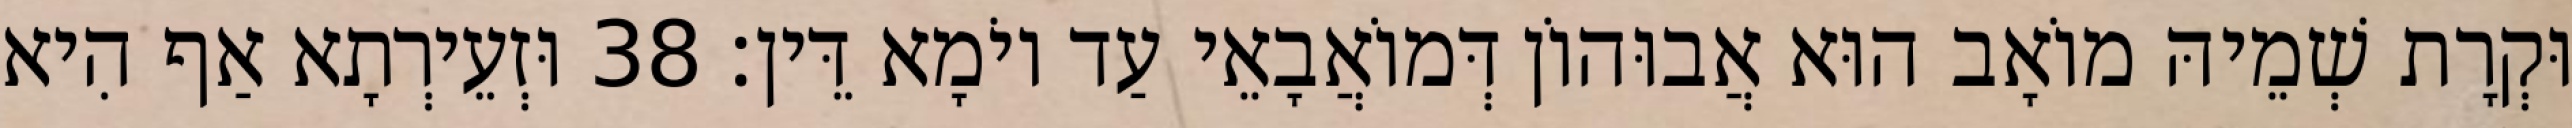
וּקְרָת שְׁמֵיהּ מוֹאָב הוּא אֲבוּהוֹן דְּמוֹאֲבָאֵי עַד יוֹמָא דֵּין׃ 38 וּזְעֵירְתָא אַף הִיא